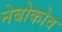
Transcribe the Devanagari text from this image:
नेबोकोव